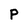
Character: P